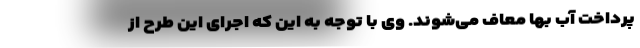
پرداخت آب بها معاف می‌شوند. وی با توجه به این که اجرای این طرح از